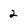
Character: 2